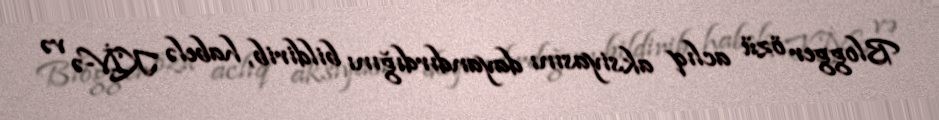
Blogger özü aclıq aksiyasını dayandırdığını bildirib, habelə KİV-ə və